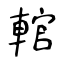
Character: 輨